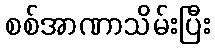
စစ်အာဏာသိမ်းပြီး